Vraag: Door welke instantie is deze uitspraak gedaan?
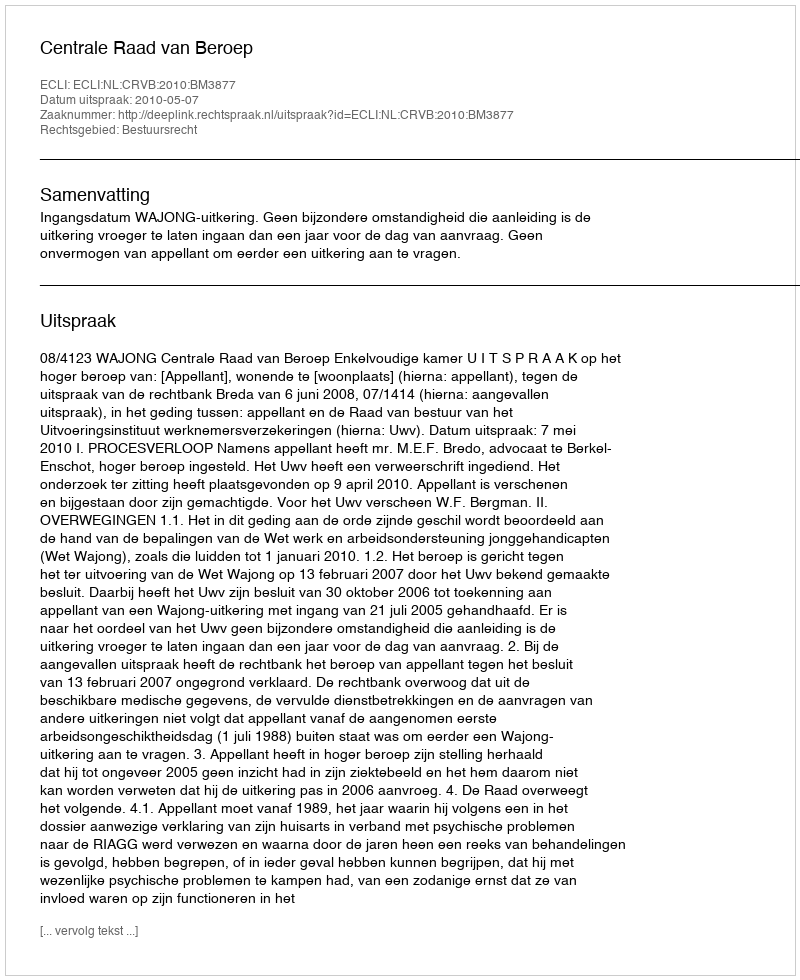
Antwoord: Centrale Raad van Beroep